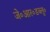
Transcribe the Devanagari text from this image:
जे॰आर॰डब्लू॰